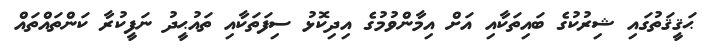
ޙަޤީޤަތުގައި ޝިރުކުގެ ބައިތަކާއި އަށް އިމާންވުމުގެ އިދިކޮޅު ސިފަތަކާއި ތައުޙީދު ނަފީކުރާ ކަންތައްތައް